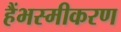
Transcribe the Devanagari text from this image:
हैंभस्मीकरण